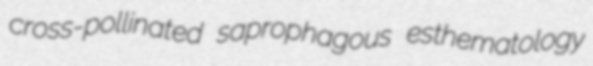
cross-pollinated saprophagous esthematology